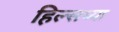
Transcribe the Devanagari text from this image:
हिल्सच्या